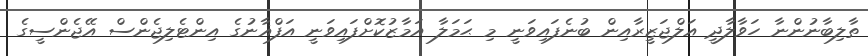
ތާލިބާނުންނާ ހަވާލާދީ އަލްޖަޒީރާއިން ބުނެފައިވަނީ މި ޙަމަލާ އަމާޒުކޮށްފައިވަނީ އަފްޣާނުގެ އިންޓެލިޖެންސް އޭޖެންސީގެ